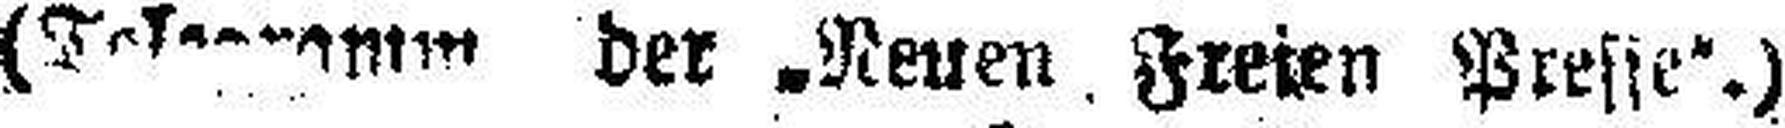
(Telegramm der „Neuen Freien Presse“.)